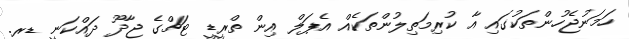
ހަމަނުޖެހުންތަކުގައި އާ ކުރިމަތިލުންތަކެއް އެޕަލް އިން ތްރީޑީ ޓަޗްގެ ޖާދޫ ދައްކަނީ ޑރ.